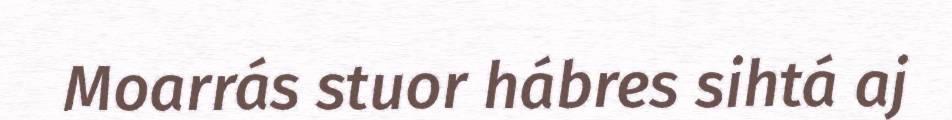
Moarrás stuor hábres sihtá aj